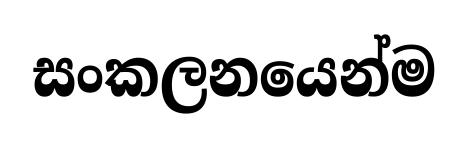
සංකලනයෙන්ම